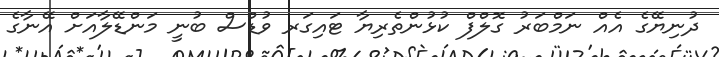
ދުނިޔޭގެ އެއް ނަމްބަރު ގޮލްފް ކުޅުންތެރިޔާ ޓައިގަރ ވުޑްސް ބުނީ މަންޑޭލާއަށް އޭނާގެ